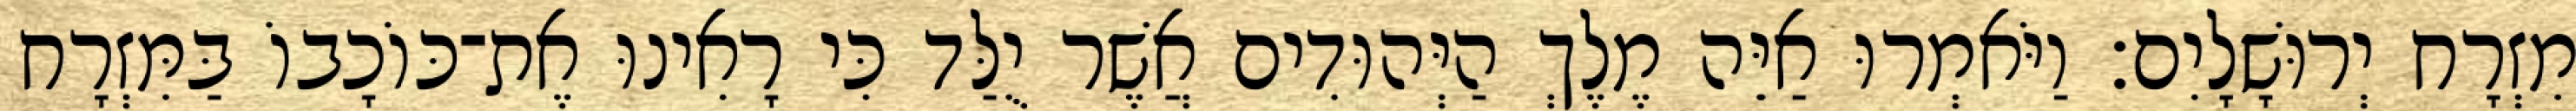
מִזְרָח יְרוּשָׁלָיִם׃ וַיֹּאמְרוּ אַיֵּה מֶלֶךְ הַיְּהוּדִים אֲשֶׁר יֻלַּד כִּי רָאִינוּ אֶת־כּוֹכָבוֹ בַּמִּזְרָח